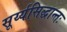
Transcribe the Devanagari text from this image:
सूर्य्यसिद्धान्तः